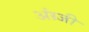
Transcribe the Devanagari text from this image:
अंग्र्जी